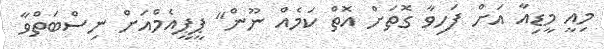
މިއީ މީޑިއާ އަށް ފަހިވާ ގޮތަށް އޮތް ކަމެއް ނޫން" ޕީޕީއެމްއަށް ނިސްބަތްވާ